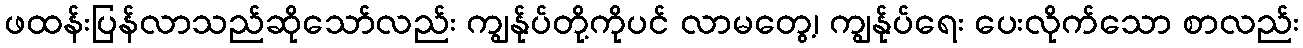
ဖထန်းပြန်လာသည်ဆိုသော်လည်း ကျွန်ုပ်တို့ကိုပင် လာမတွေ့၊ ကျွန်ုပ်ရေး ပေးလိုက်သော စာလည်း